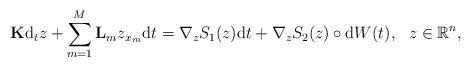
LaTeX: \begin{align*}{\rm {\bf K}}{\rm d}_tz+\sum_{m=1}^{M}{\rm {\bf L}}_mz_{x_m}{\rm d}t=\nabla_z S_1(z){\rm d}t+\nabla_z S_2(z)\circ{\rm d}W(t),~~z\in\mathbb{R}^n,\end{align*}